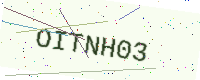
Text: OITNH03